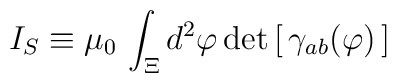
I_S\equiv \mu_0\, \int_\Xi d^2\varphi\, \mathrm{det}\left[\, 	\gamma_{ab}(\varphi)	\,\right]